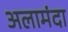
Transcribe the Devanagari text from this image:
अलामंदा